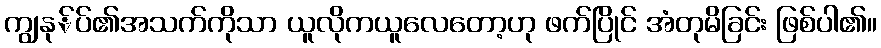
ကျွနု်ပ်၏အသက်ကိုသာ ယူလိုကယူလေတော့ဟု ဖက်ပြိုင် အံတုမိခြင်း ဖြစ်ပါ၏။